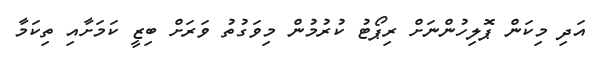
އަދި މިކަން ޕޮލިހުންނަށް ރިޕޯޓު ކުރުމުން މިވަގުތު ވަރަށް ބިޒީ ކަމަށާއި ތިކަމާ